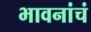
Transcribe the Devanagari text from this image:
भावनांचं